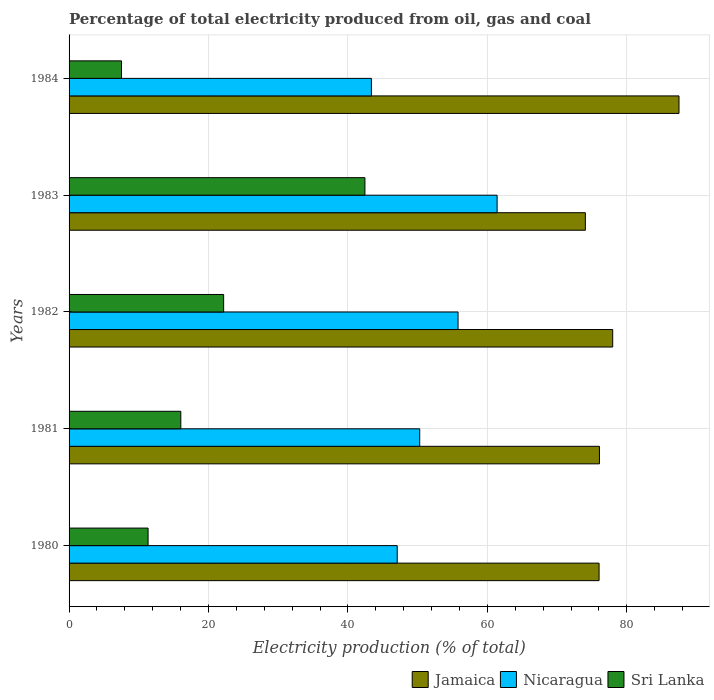
| Years | Jamaica | Nicaragua | Sri Lanka |
 | --- | --- | --- | --- |
 | 1980 | 76 | 47.1 | 11.3 |
 | 1981 | 76.1 | 50.3 | 16 |
 | 1982 | 78 | 55.8 | 22.2 |
 | 1983 | 74 | 61.4 | 42.4 |
 | 1984 | 87.5 | 43.4 | 7.52 |